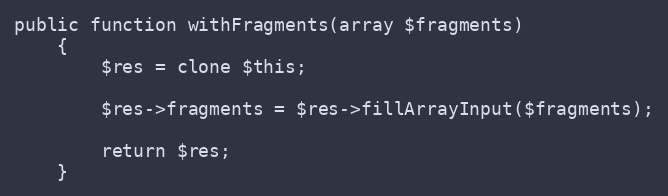
Language: PHP
public function withFragments(array $fragments)
    {
        $res = clone $this;

        $res->fragments = $res->fillArrayInput($fragments);

        return $res;
    }